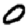
Digit: 0